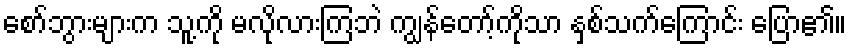
စော်ဘွားများက သူ့ကို မလိုလားကြဘဲ ကျွန်တော့်ကိုသာ နှစ်သက်ကြောင်း ပြော၏။